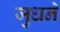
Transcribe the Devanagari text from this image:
जुधने